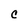
Character: C